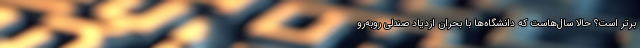
برتر است؟ حالا سال‌هاست که دانشگاه‌ها با بحران ازدیاد صندلی روبه‌رو